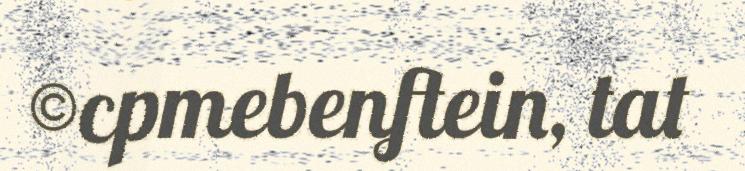
©cpmebenftein, tat